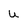
Character: u